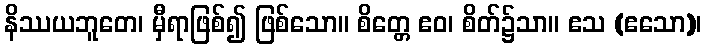
နိဿယဘူတေ၊ မှီရာဖြစ်၍ ဖြစ်သော။ စိတ္တေ ဧဝ၊ စိတ်၌သာ။ ဧသ (ဧသော)၊